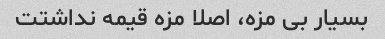
بسیار بی مزه، اصلا مزه قیمه نداشتت